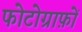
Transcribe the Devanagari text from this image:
फोटोग्राफ़ों